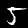
Label: 5